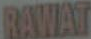
RAWAT